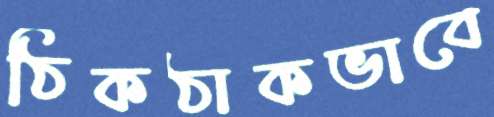
ঠিকঠাকভাবে